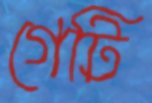
গেটি